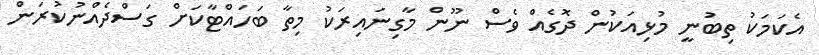
އެކަމަކު ތިބުނީ މުޅިއަކުން ދޮގެއް ވެސް ނޫން މާގިނައިރަކު މިތާ ބަހައްޓާކަށް ގަސްދެއްނުކުރަން